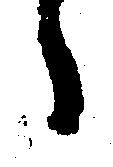
々